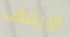
الإيقاف